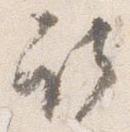
取